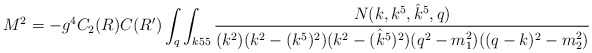
\begin{align*}M^2 = - g^4 C_2(R) C(R') \int_q \int_{k55}{ N(k,k^5,{\hat k}^5,q)\over (k^2)(k^2 - (k^5)^2)(k^2 -( {\hat k}^5)^2) (q^2-m_1^2)((q-k)^2-m_2^2)} \end{align*}